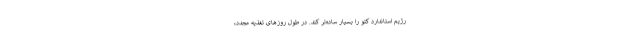
رژیم استاندارد کتو را بسیار ساده‌تر کند. در طول روزهای تغذیه مجدد،